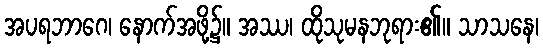
အပရဘာဂေ၊ နောက်အဖို့၌။ အဿ၊ ထိုသုမနဘုရား၏။ သာသနေ၊